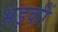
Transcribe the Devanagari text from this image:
भड़कीं